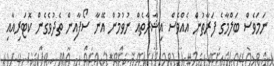
ނަމަވެސް ބަލްމާގެ ފަރާތުން އެއްވެސް އިޝާރާތެއް ނުވުމުން އޭނާ ސޯފާއިން ތެދުވެގެން ކޮޓަރިއާއި